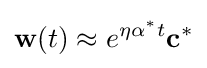
\mathbf {w} (t)\approx e^{\eta \alpha ^{*}t}\mathbf {c} ^{*}